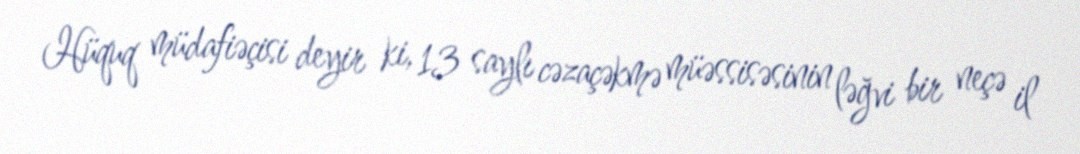
Hüquq müdafiəçisi deyir ki, 13 saylı cəzaçəkmə müəssisəsinin ləğvi bir neçə il